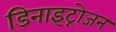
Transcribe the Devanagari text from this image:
डिनाइट्रोजन